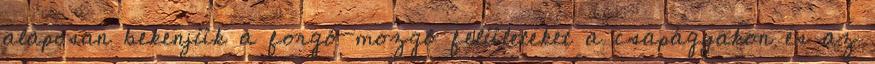
alaposan bekenjük a forgó-mozgó felületeket a csapágyakon és az